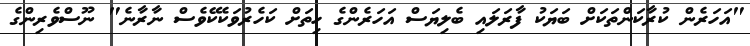
"އަހަރެން ކުރާކަންތަކަށް ބަޔަކު ފާރަލައި ބެލިޔަސް އަހަރެންގެ ހިތަށް ކަހެރުވަކެކޭވެސް ނާރާނެ" ނޫސްވެރިންގެ